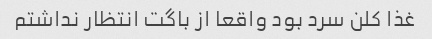
غذا کلن سرد بود واقعا از باگت انتظار نداشتم